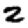
Digit: 2